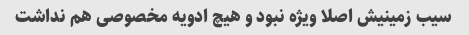
سیب زمینیش اصلا ویژه نبود و هیچ ادویه مخصوصی هم نداشت